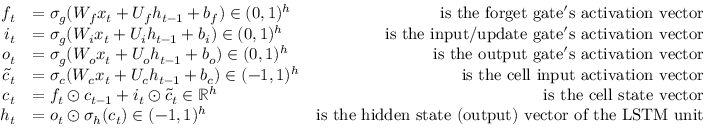
\begin{array} { r l r } { f _ { t } } & { = \sigma _ { g } ( W _ { f } x _ { t } + U _ { f } h _ { t - 1 } + b _ { f } ) \in ( 0 , 1 ) ^ { h } } & { \mathrm { i s ~ t h e ~ f o r g e t ~ g a t e ' s ~ a c t i v a t i o n ~ v e c t o r } } \\ { i _ { t } } & { = \sigma _ { g } ( W _ { i } x _ { t } + U _ { i } h _ { t - 1 } + b _ { i } ) \in ( 0 , 1 ) ^ { h } } & { \mathrm { i s ~ t h e ~ i n p u t / u p d a t e ~ g a t e ' s ~ a c t i v a t i o n ~ v e c t o r } } \\ { o _ { t } } & { = \sigma _ { g } ( W _ { o } x _ { t } + U _ { o } h _ { t - 1 } + b _ { o } ) \in ( 0 , 1 ) ^ { h } } & { \mathrm { i s ~ t h e ~ o u t p u t ~ g a t e ' s ~ a c t i v a t i o n ~ v e c t o r } } \\ { \tilde { c } _ { t } } & { = \sigma _ { c } ( W _ { c } x _ { t } + U _ { c } h _ { t - 1 } + b _ { c } ) \in ( - 1 , 1 ) ^ { h } } & { \mathrm { i s ~ t h e ~ c e l l ~ i n p u t ~ a c t i v a t i o n ~ v e c t o r } } \\ { c _ { t } } & { = f _ { t } \odot c _ { t - 1 } + i _ { t } \odot \tilde { c } _ { t } \in \mathbb { R } ^ { h } } & { \mathrm { i s ~ t h e ~ c e l l ~ s t a t e ~ v e c t o r } } \\ { h _ { t } } & { = o _ { t } \odot \sigma _ { h } ( c _ { t } ) \in ( - 1 , 1 ) ^ { h } } & { \mathrm { i s ~ t h e ~ h i d d e n ~ s t a t e ~ ( o u t p u t ) ~ v e c t o r ~ o f ~ t h e ~ L S T M ~ u n i t } } \end{array}